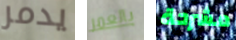
يدمر بالعمر مشرحة